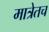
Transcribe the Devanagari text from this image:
मात्रेतच